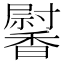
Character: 𩡛